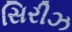
સિરીઝ